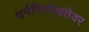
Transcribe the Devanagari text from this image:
धर्मनिरपेक्षतेवर